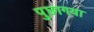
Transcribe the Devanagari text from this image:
पुछागया